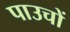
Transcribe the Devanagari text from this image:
पाउचों